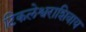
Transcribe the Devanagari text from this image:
टिकलेश्वराशिवाय